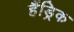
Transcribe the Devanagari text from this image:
हैंड्रिक